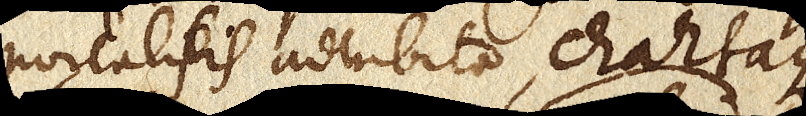
portabilis adhibita, chartaque